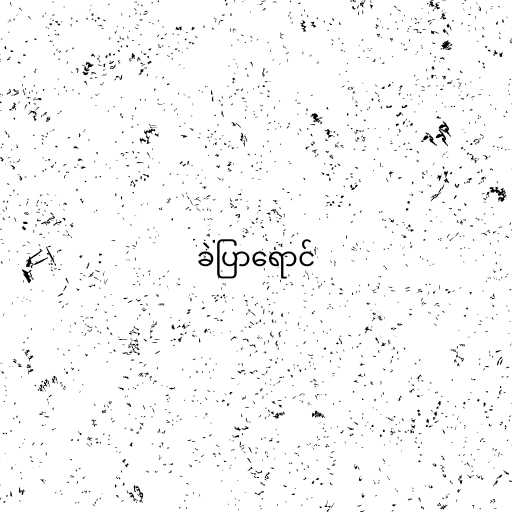
ခဲပြာရောင်